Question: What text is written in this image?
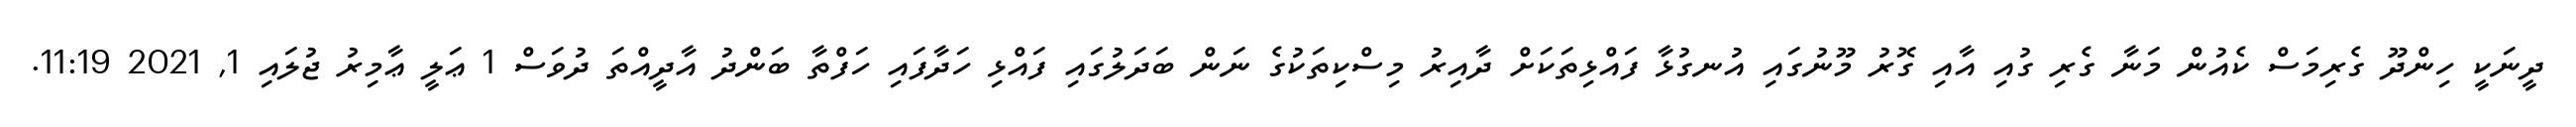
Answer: ދީނަކީ ހިންދޫ ގެރިމަސް ކެއުން މަނާ ގެރި ގުއި އާއި ގޮރު މޫނުގައި އުނގުޅާ ފައްޅިތަކަށް ދާއިރު މިސްކިތަކުގެ ނަން ބަދަލުގައި ފައްޅި ހަދާފައި ހަފްތާ ބަންދު އާދީއްތަ ދުވަސް 1 ޢަލީ ޢާމިރު ޖުލައި 1, 2021 11:19.